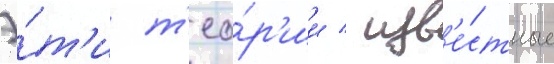
Э́т'и т'ео́р'ии / изв'е́стные